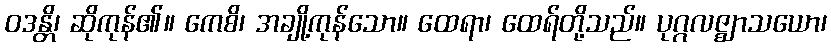
ဝဒန္တိ၊ ဆိုကုန်၏။ ကေစိ၊ အချို့ကုန်သော။ ထေရာ၊ ထေရ်တို့သည်။ ပုဂ္ဂလဇ္ဈာသယော၊